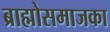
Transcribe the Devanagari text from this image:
ब्राह्मोसमाजका